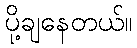
ပို့ချနေတယ်။